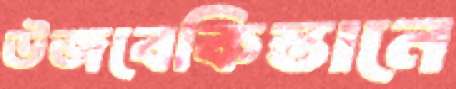
উজবেকিস্তানে